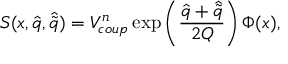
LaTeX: S ( x , \hat { q } , \hat { \tilde { q } } ) = V _ { c o u p } ^ { n } \exp \left( { \frac { \hat { q } + \hat { \tilde { q } } } { 2 Q } } \right) \Phi ( x ) ,